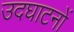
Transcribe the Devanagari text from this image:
उदघाटनों